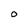
Character: O